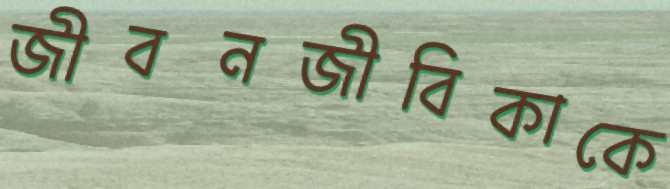
জীবনজীবিকাকে